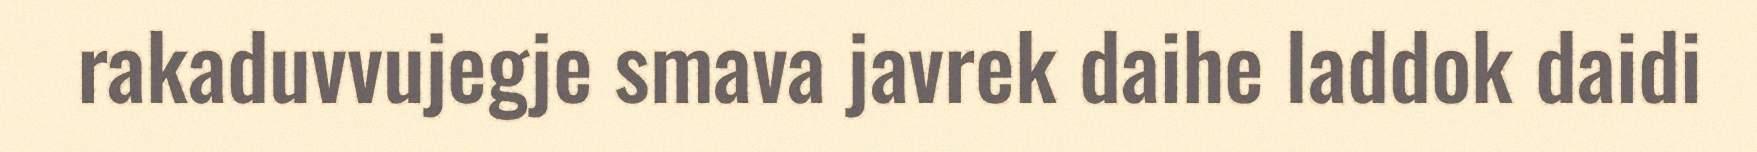
rakaduvvujegje smava javrek daihe laddok daidi